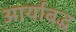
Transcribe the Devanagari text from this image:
आर्याबद्ध